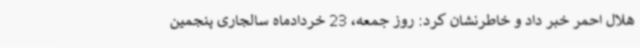
هلال احمر خبر داد و خاطرنشان کرد: روز جمعه، 23 خردادماه سالجاری پنجمین